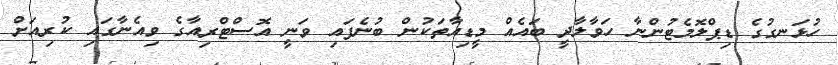
ހުޅަނގުގެ ޑިޕްލޮމެޓުންނާ ހަވާލާދީ ބައެއް މީޑިއާތަކުން ބުނެފައި ވަނީ އޮސްޓްރިއާގެ ވިއެނާގައި ކުރިއަށް